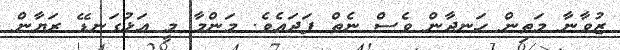
ޒުވާނާ މަތިން ހަނދާން ވެސް ނެތް ފަދައެވެ. މަންމާ މީ އަޅުގަނޑޭ ރަޔާން